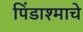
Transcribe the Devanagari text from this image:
पिंडाश्माचे